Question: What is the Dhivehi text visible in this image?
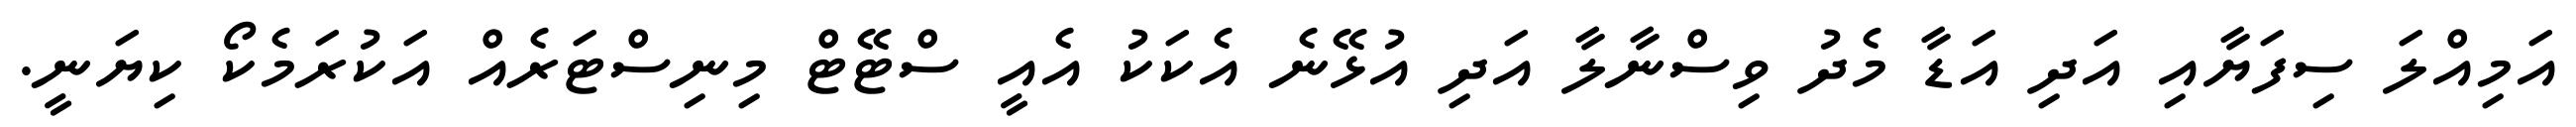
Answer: އަމިއްލަ ސިފަޔާއި އަދި އަޑާ މެދު ވިސްނާލާ އަދި އުޅޭނެ އެކަކު އެއީ ސްޓޭޓް މިނިސްޓަރެއް އަކުރަމެކޯ ކިޔަނީ.